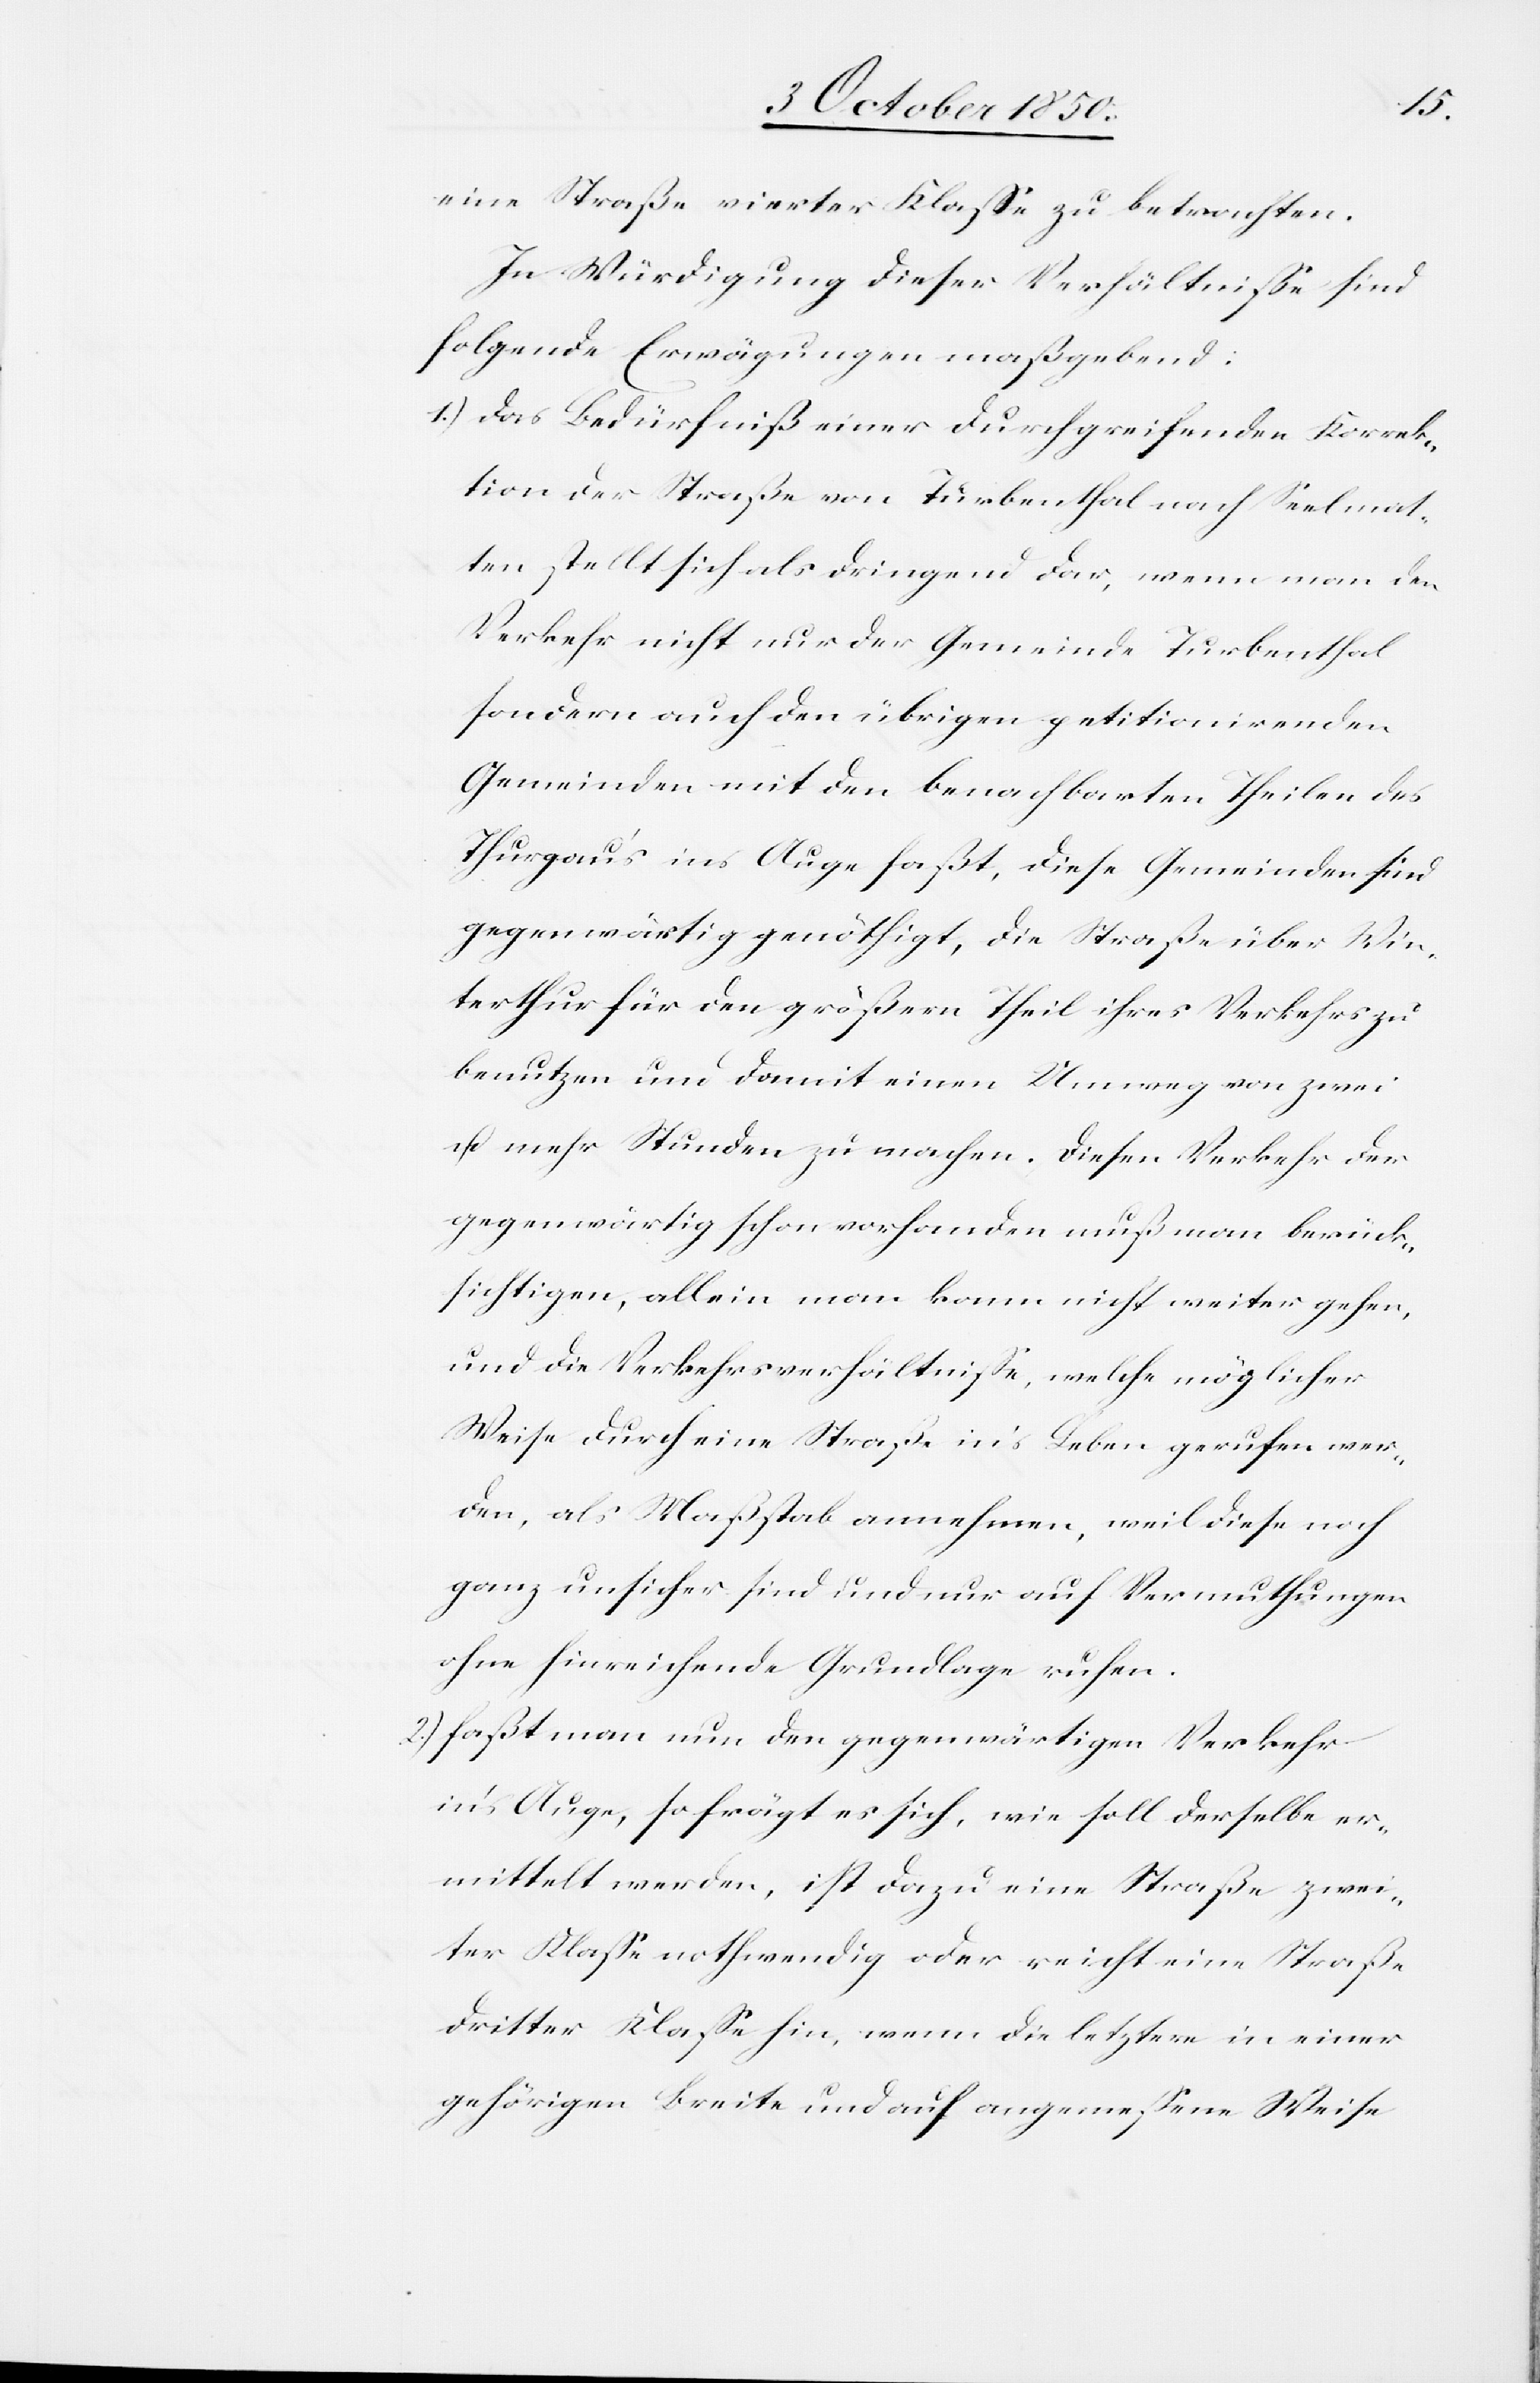
eine Straße vierter Klasse zu betrachten.
In Würdigung dieser Verhältniße sind
folgende Erwägungen maßgebend:
1.) Das Bedürfniß einer durchgreifenden Korrek¬
tion der Straße von Turbenthal nach Seelmat¬
ten stellt sich als dringend dar, wenn man den
Verkehr nicht nur der Gemeinde Turbenthal
sondern auch den übrigen petitionirenden
Gemeinden mit den benachbarten Theilen des
Thurgau’s ins Auge faßt, diese Gemeinden sind
gegenwärtig genöthigt, die Straße über Win¬
terthur für den größern Theil ihres Verkehrs zu
benutzen und damit einen Umweg von zwei
u. mehr Stunden zu machen. Diesen Verkehr der
gegenwärtig schon vorhanden muß man berück¬
sichtigen, allein man kann nicht weiter gehen,
und die Verkehrsverhältnisse, welche möglicher
Weise durch eine Straße in’s Leben gerufen wer¬
den, als Maßstab annehmen, weil diese noch
ganz unsicher sind und nur auf Vermuthungen
ohne hinreichende Grundlage ruhen.
2.) faßt man nun den gegenwärtigen Verkehr
in’s Auge, so frägt es sich, wie soll derselbe er¬
mittelt werden, ist dazu eine Straße zwei¬
ter Klasse nothwendig oder reicht eine Straße
dritter Klasse hin, wenn die letztere in einer
gehörigen Breite und auf angemessene Weise